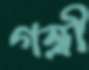
গন্ত্রী